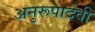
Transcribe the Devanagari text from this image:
अनुरूपादेवी